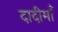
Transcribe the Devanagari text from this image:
दादीमाँ